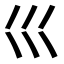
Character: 𡿦